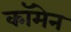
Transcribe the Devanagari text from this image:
कॉमेन